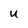
Character: U